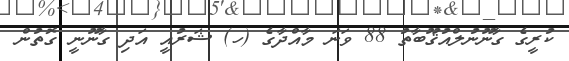
ކުރީގެ ގާނޫނުލްއުޤޫބާތު 88 ވަނަ މާއްދާގެ (ހ) ޝަރުއީ އަދި ގާނޫނީ ގޮތުން